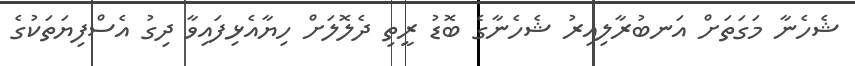
ޝެހެނާ މަގަތަށް އަނބުރާލިއިރު ޝެހެނާގެ ބޮޑު ރީތި ދެލޮލަށް ހިޔާއެޅިފައިވާ ދިގު އެސްފިޔަތަކުގެ